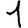
Digit: 1